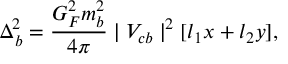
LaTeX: \Delta _ { b } ^ { 2 } = \frac { G _ { F } ^ { 2 } m _ { b } ^ { 2 } } { 4 \pi } \mid V _ { c b } \mid ^ { 2 } [ l _ { 1 } x + l _ { 2 } y ] \/ ,